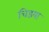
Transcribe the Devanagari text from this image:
चिडया